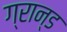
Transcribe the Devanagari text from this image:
ग्रान्ड